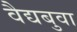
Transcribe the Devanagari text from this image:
वैद्यबुवा